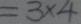
= 3 \times 4